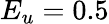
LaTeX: E_{u}=0.5